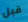
قبل